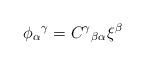
LaTeX: \begin{align*}\phi _{\alpha }\hspace{0.1 mm}^{\gamma }=C^{\gamma }\hspace{0.1 mm}_{\beta \alpha }\xi^{\beta } \end{align*}